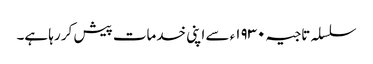
سلسلہ تاجیہ ١٩٣٠ء سے اپنی خدمات پیش کر رہا ہے۔